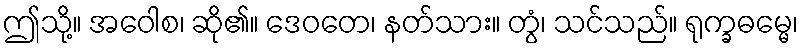
ဤသို့။ အဝေါစ၊ ဆို၏။ ဒေဝတေ၊ နတ်သား။ တွံ၊ သင်သည်။ ရုက္ခဓမ္မေ၊